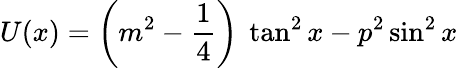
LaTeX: U(x)=\left(m^{2}-\frac{1}{4}\right)\ \tan^{2}x-p^{2}\sin^{2}x